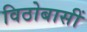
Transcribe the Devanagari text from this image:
विठोबासीं